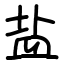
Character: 盐